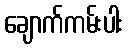
ချောက်ကမ်းပါး